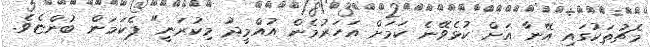
މެޗުތަކުގައި އޭނާ އަށް ކުޅެވޭނެ ކަމަށް އަހަރުމެން އުއްމީދު މިކުރަނީ" ޕެކަމަން ބުންޏެވެ.